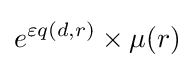
e^{\varepsilon q(d,r)}\times \mu (r)\,\!